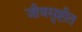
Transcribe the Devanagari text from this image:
जीवसृष्टीत